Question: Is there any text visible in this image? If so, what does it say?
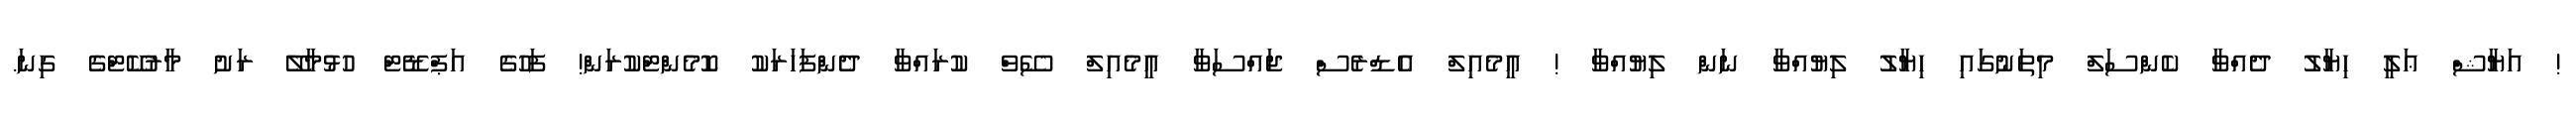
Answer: ! އަޔާޝް ޢަލީ ހިޔާލު ދެއްވާ ކެންސަލް މިތަނުގައި ހިޔާލު ލިޔުއްވާ ނަން ލިޔުއްވާ ! އީމެއިލް އެޑްރެސް ޖައްސަވާ އީމެއިލް ސޭވް ކުރައްވާ ދެންފަހަރަކު ކޮމެންޓްކުރަން! ފަހުގެ އަޕްޑޭޓް ހުޅުމާލޭ ރަށު މާރުކޭޓްގެ ގިނަ.